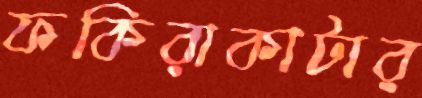
ফকিরাকাটার